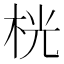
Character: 桄